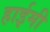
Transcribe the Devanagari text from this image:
हाईमी